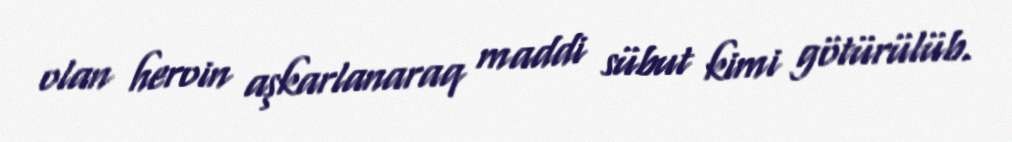
olan heroin aşkarlanaraq maddi sübut kimi götürülüb.